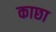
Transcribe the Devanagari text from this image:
काछा